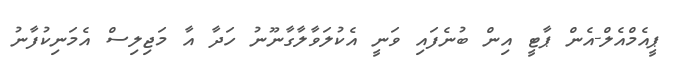
ޕީއެމްއެލް-އެން ޕާޓީ އިން ބުނެފައި ވަނީ އެކުލަވާލާގާނޫނު ހަދާ އާ މަޖިލިސް އެމަނިކުފާނު